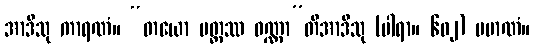
အာဒီသု ကာရဏံ။ “တယော ပတ္တဿ ဝဏ္ဏာ”တိအာဒီသု (ပါရာ။ ၆၀၂) ပမာဏံ။